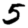
Digit: 5